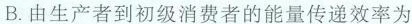
B.由生产者到初级消费者的能量传递效率为